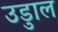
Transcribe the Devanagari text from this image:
उडुाल